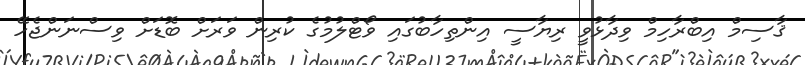
ޤާސިމް އިބްރާހިމް ވިދާޅުވީ ރިޔާސީ އިންތިހާބުގައި ވޯޓްލުމުގެ ކުރިން ވަރަށް ބޮޑަށް ވިސްނަންޖެހޭ